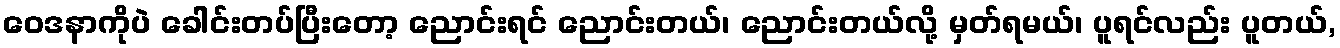
ဝေဒနာကိုပဲ ခေါင်းတပ်ပြီးတော့ ညောင်းရင် ညောင်းတယ်၊ ညောင်းတယ်လို့ မှတ်ရမယ်၊ ပူရင်လည်း ပူတယ်,